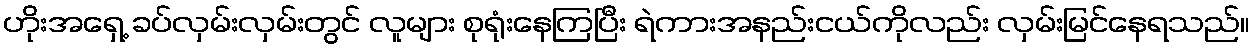
ဟိုးအရှေ့ ခပ်လှမ်းလှမ်းတွင် လူများ စုရုံးနေကြပြီး ရဲကားအနည်းငယ်ကိုလည်း လှမ်းမြင်နေရသည်။